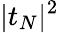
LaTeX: |t_{N}|^{2}